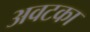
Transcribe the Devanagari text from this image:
अवटका